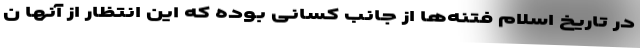
در تاریخ اسلام فتنه‌ها از جانب کسانی بوده که این انتظار از آنها ن